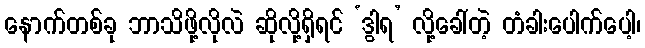
နောက်တစ်ခု ဘာသိဖို့လိုလဲ ဆိုလို့ရှိရင် ‘ဒွါရ’ လို့ခေါ်တဲ့ တံခါးပေါက်ပေါ့၊